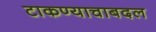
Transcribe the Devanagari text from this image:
टाकण्याचाबदल